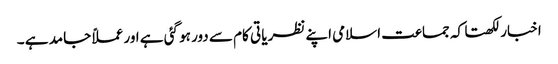
اخبار لکھتا کہ جماعت اسلامی اپنے نظریا تی کام سے دور ہو گئی ہے اور عملاً جامد ہے ۔